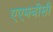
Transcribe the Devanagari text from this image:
एएमबीसी